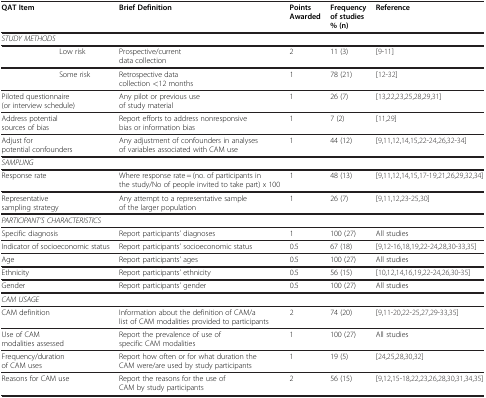
| QAT Item | Brief Definition | Points Awarded | Frequency of studies % (n) | Reference |
 | --- | --- | --- | --- | --- |
 | <COLSPAN=5> STUDY METHODS |
 | Low risk | Prospective/current data collection | 2 | 11 (3) | [9]‐[11] |
 | Some risk | Retrospective data collection <12 months | 1 | 78 (21) | [12]‐[32] |
 | Piloted questionnaire (or interview schedule) | Any pilot or previous use of study material | 1 | 26 (7) | [13,22,23,25,28,29,31] |
 | Address potential sources of bias | Report efforts to address nonresponsive bias or information bias | 1 | 7 (2) | [11,29] |
 | Adjust for potential confounders | Any adjustment of confounders in analyses of variables associated with CAM use | 1 | 44 (12) | [9,11,12,14,15,22]‐[24,26,32]‐[34] |
 | <COLSPAN=5> SAMPLING |
 | Response rate | Where response rate = (no. of participants in the study/No of people invited to take part) x 100 | 1 | 48 (13) | [9,11,12,14,15,17]‐[19,21,26,29,32,34] |
 | Representative sampling strategy | Any attempt to a representative sample of the larger population | 1 | 26 (7) | [9,11,12,23]‐[25,30] |
 | <COLSPAN=5> PARTICIPANT’S CHARACTERISTICS |
 | Specific diagnosis | Report participants’ diagnoses | 1 | 100 (27) | All studies |
 | Indicator of socioeconomic status | Report participants’ socioeconomic status | 0.5 | 67 (18) | [9,12]‐[16,18,19,22]‐[24,28,30]‐[33,35] |
 | Age | Report participants’ ages | 0.5 | 100 (27) | All studies |
 | Ethnicity | Report participants’ ethnicity | 0.5 | 56 (15) | [10,12,14,16,19,22]‐[24,26,30]‐[35] |
 | Gender | Report participants’ gender | 0.5 | 100 (27) | All studies |
 | <COLSPAN=5> CAM USAGE |
 | CAM definition | Information about the definition of CAM/a list of CAM modalities provided to participants | 2 | 74 (20) | [9,11]‐[20,22]‐[25,27,29]‐[33,35] |
 | Use of CAM modalities assessed | Report the prevalence of use of specific CAM modalities | 1 | 100 (27) | All studies |
 | Frequency/duration of CAM uses | Report how often or for what duration the CAM were/are used by study participants | 1 | 19 (5) | [24,25,28,30,32] |
 | Reasons for CAM use | Report the reasons for the use of CAM by study participants | 2 | 56 (15) | [9,12,15]‐[18,22,23,26,28,30,31,34,35] |